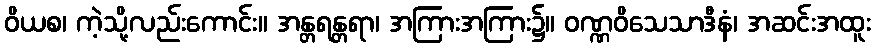
ဝိယစ၊ ကဲ့သို့လည်းကောင်း။ အန္တရန္တရာ၊ အကြားအကြား၌။ ဝဏ္ဏဝိသေသာဒီနံ၊ အဆင်းအထူး